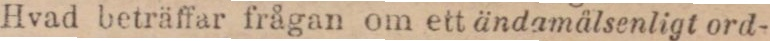
Hvad beträffar frågan om ett ändamålsenligt ord-